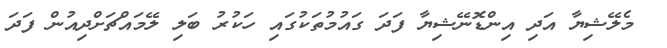
މެލޭޝިޔާ އަދި އިންޑޮނޭޝިޔާ ފަދަ ގައުމުތަކުގައި ހަކުރު ބަލި ލޭމައްޗަށްދިއުން ފަދަ